Senior Leaving Certificate Examination (including Day School Certificate (Higher) General paper), 1948
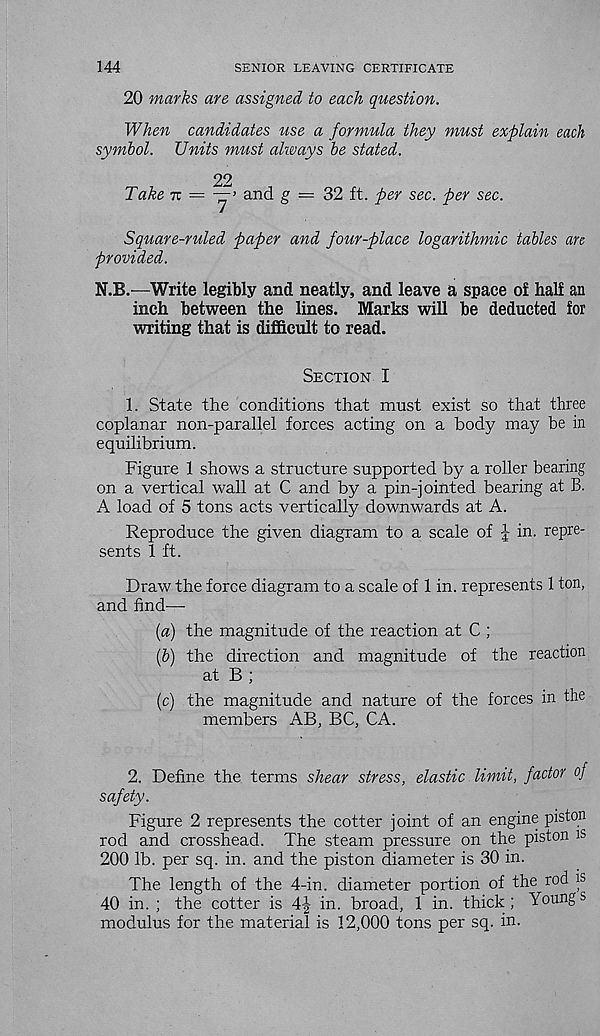
144
SENIOR LEAVING CERTIFICATE
20 marks are assigned to each question.
When candidates use a formula they must explain each
symbol. Units must always be stated.
Take 7z
22
and g = 32 ft. per sec. per sec.
Square-ruled paper and four-place logarithmic tables an
provided.
N.B.—Write legibly and neatly, and leave a space of half an
inch between the lines. Marks will be deducted for
writing that is difficult to read.
Section I
1. State the conditions that must exist so that three
coplanar non-parallel forces acting on a body may be in
equilibrium.
Figure 1 shows a structure supported by a roller bearing
on a vertical wall at C and by a pin-jointed bearing at B.
A load of 5 tons acts vertically downwards at A.
Reproduce the given diagram to a scale of J in. repre-
sents 1 ft.
Draw the force diagram to a scale of 1 in. represents 1 ton,
and find—
(a) the magnitude of the reaction at C ;
(&) the direction and magnitude of the reaction
at B ;
(c) the magnitude and nature of the forces in the
members AB, BC, CA.
2. Define the terms shear stress, elastic limit, factor of
safety.
Figure 2 represents the cotter joint of an engine piston
rod and crosshead. The steam pressure on the piston is
200 lb. per sq. in. and the piston diameter is 30 in.
The length of the 4-in. diameter portion of the rod is
40 in. ; the cotter is
in. broad, 1 in. thick; Young s
modulus for the material is 12,000 tons per sq. in.